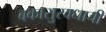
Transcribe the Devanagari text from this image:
बकासुरवधाची